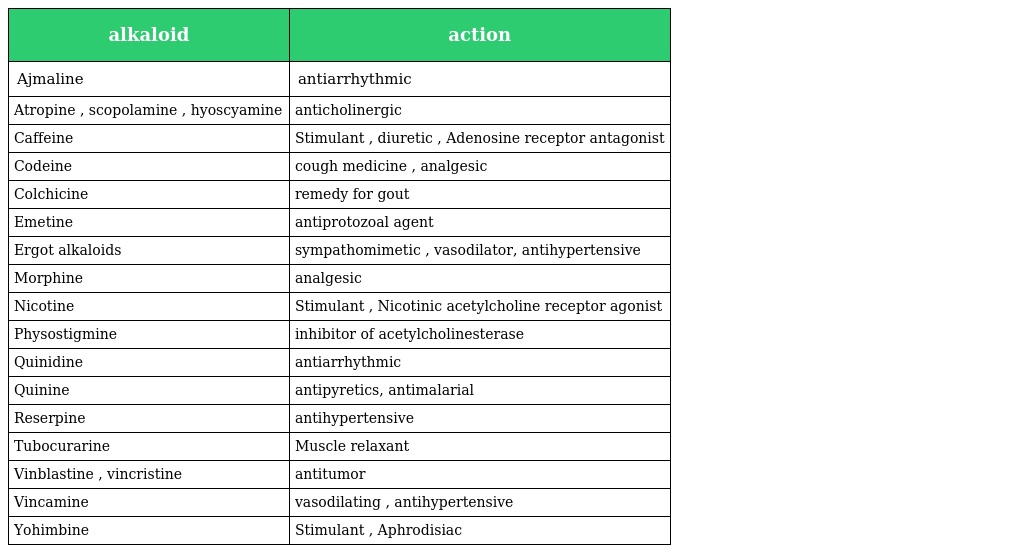
| alkaloid | action |
 | --- | --- |
 | Ajmaline | antiarrhythmic |
 | Atropine , scopolamine , hyoscyamine | anticholinergic |
 | Caffeine | Stimulant , diuretic , Adenosine receptor antagonist |
 | Codeine | cough medicine , analgesic |
 | Colchicine | remedy for gout |
 | Emetine | antiprotozoal agent |
 | Ergot alkaloids | sympathomimetic , vasodilator, antihypertensive |
 | Morphine | analgesic |
 | Nicotine | Stimulant , Nicotinic acetylcholine receptor agonist |
 | Physostigmine | inhibitor of acetylcholinesterase |
 | Quinidine | antiarrhythmic |
 | Quinine | antipyretics, antimalarial |
 | Reserpine | antihypertensive |
 | Tubocurarine | Muscle relaxant |
 | Vinblastine , vincristine | antitumor |
 | Vincamine | vasodilating , antihypertensive |
 | Yohimbine | Stimulant , Aphrodisiac |